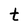
Character: t